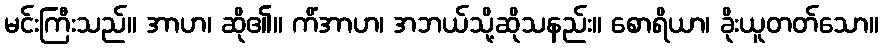
မင်းကြီးသည်။ အာဟ၊ ဆို၏။ ကိံအာဟ၊ အဘယ်သို့ဆိုသနည်း။ စောရိယာ၊ ခိုးယူတတ်သော။